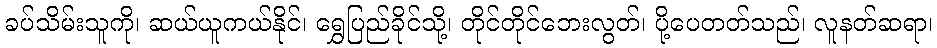
ခပ်သိမ်းသူကို၊ ဆယ်ယူကယ်နိုင်၊ ရွှေပြည်ခိုင်သို့၊ တိုင်တိုင်ဘေးလွတ်၊ ပို့ပေတတ်သည်၊ လူနတ်ဆရာ၊